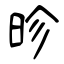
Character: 昣